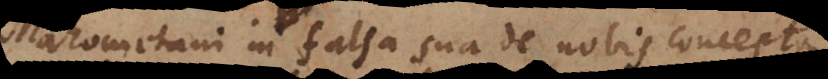
ahometani in falsa sua de nobis concepta